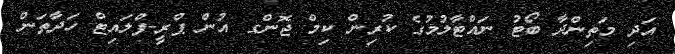
އަދި މަތިންދާ ބޯޓު ނައްޓާލުމުގެ ކުރިން ކިމް ޖޮންގ އުން ޕްރީ-ފްލައިޓް ހަދާތަން